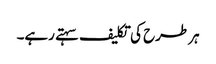
ہر طرح کی تکلیف سہتے رہے۔